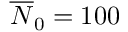
\overline { { N } } _ { 0 } = 1 0 0